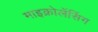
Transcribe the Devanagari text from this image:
माइक्रोलेंसिंग